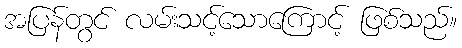
အပြန်တွင် လမ်းသင့်သောကြောင့် ဖြစ်သည်။